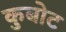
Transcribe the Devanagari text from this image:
कुबोट